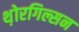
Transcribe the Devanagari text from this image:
थ़ोरगिल्सन